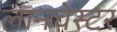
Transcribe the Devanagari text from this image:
लानचेस्टर